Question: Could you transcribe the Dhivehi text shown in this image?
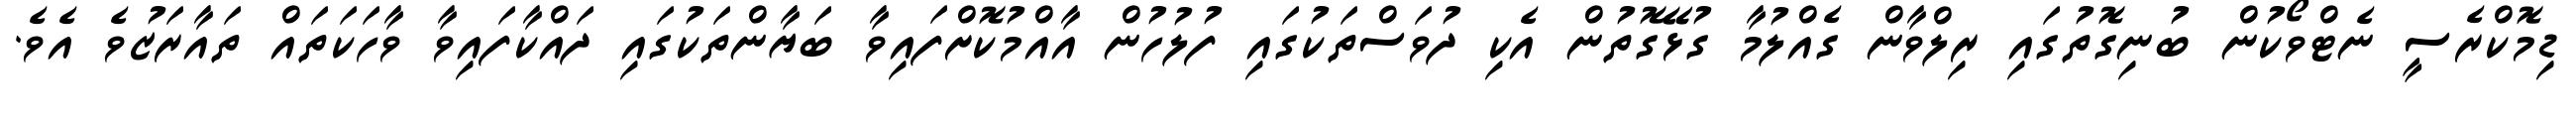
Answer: ޑިމޮކްރެސީ ނެޓްވޯކުން ބުނިގޮތުގައި ރިލްވާން ގެއްލުމާ ގުޅޭގޮތުން އެކި ދުވަސްތަކުގައި ފުލުހުން އާއްމުކޮށްފައިވާ ބަޔާންތަކުގައި ދައްކާފައިވާ ވާހަކަތައް ތައާރަޒުވެ އެވެ.